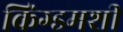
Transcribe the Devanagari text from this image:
किंग्डमशी